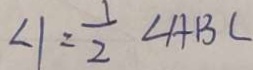
\angle 1 = \frac { 1 } { 2 } \angle A B C